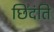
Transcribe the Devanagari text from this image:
छिंदंति